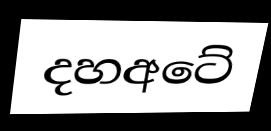
දහඅටේ